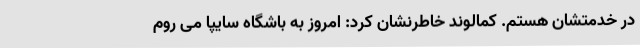
در خدمتشان هستم. کمالوند خاطرنشان کرد: امروز به باشگاه سایپا می روم